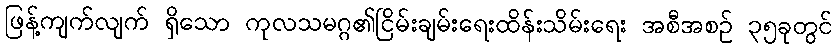
ဖြန့်ကျက်လျက် ရှိသော ကုလသမဂ္ဂ၏ငြိမ်းချမ်းရေးထိန်းသိမ်းရေး အစီအစဉ် ၃၅ခုတွင်